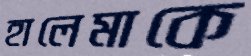
হালেমাকে